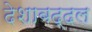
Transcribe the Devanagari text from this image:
देशाबद्दल